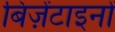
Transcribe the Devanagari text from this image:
बिज़ेंटाइनों